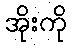
အိုးကို